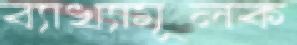
ব্যাখ্যামূলক